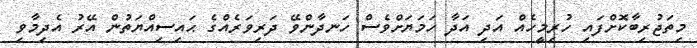
މިތަޖުރިބާކޮށްފައި ހުރިމީހެއް އަދި އަދާ ހަމަޔަށްވެސް ހަނދާންވޭ ދަރިވަރެއްގެ ޙައިސިއްޔަތުން އޭރު އެދިމާވި